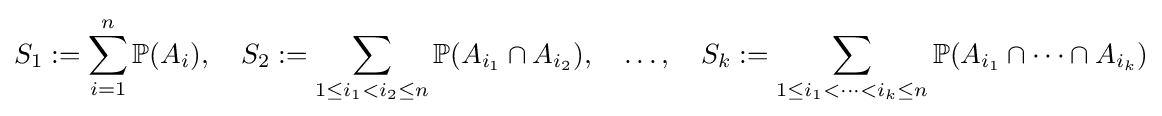
S_{1}:=\sum _{i=1}^{n}{\mathbb {P} }(A_{i}),\quad S_{2}:=\sum _{1\leq i_{1}<i_{2}\leq n}{\mathbb {P} }(A_{i_{1}}\cap A_{i_{2}}),\quad \ldots ,\quad S_{k}:=\sum _{1\leq i_{1}<\cdots <i_{k}\leq n}{\mathbb {P} }(A_{i_{1}}\cap \cdots \cap A_{i_{k}})